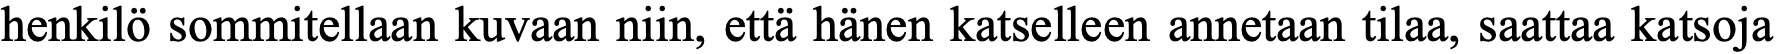
henkilö sommitellaan kuvaan niin, että hänen katselleen annetaan tilaa, saattaa katsoja